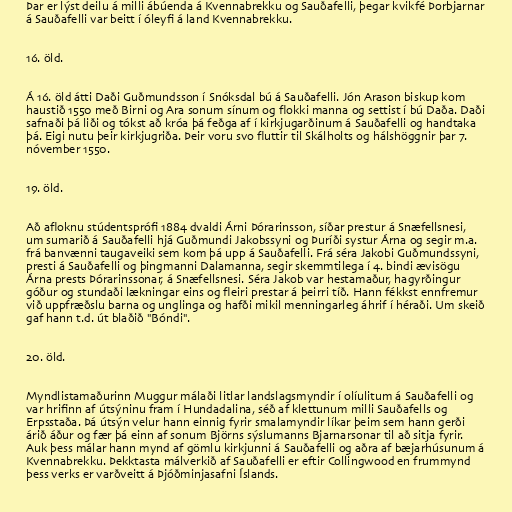
Þar er lýst deilu á milli ábúenda á Kvennabrekku og Sauðafelli, þegar kvikfé Þorbjarnar
á Sauðafelli var beitt í óleyfi á land Kvennabrekku.

16. öld.

Á 16. öld átti Daði Guðmundsson í Snóksdal bú á Sauðafelli. Jón Arason biskup kom
haustið 1550 með Birni og Ara sonum sínum og flokki manna og settist í bú Daða. Daði
safnaði þá liði og tókst að króa þá feðga af í kirkjugarðinum á Sauðafelli og handtaka
þá. Eigi nutu þeir kirkjugriða. Þeir voru svo fluttir til Skálholts og hálshöggnir þar 7.
nóvember 1550.

19. öld.

Að afloknu stúdentsprófi 1884 dvaldi Árni Þórarinsson, síðar prestur á Snæfellsnesi,
um sumarið á Sauðafelli hjá Guðmundi Jakobssyni og Þuríði systur Árna og segir m.a.
frá banvænni taugaveiki sem kom þá upp á Sauðafelli. Frá séra Jakobi Guðmundssyni,
presti á Sauðafelli og þingmanni Dalamanna, segir skemmtilega í 4. bindi ævisögu
Árna prests Þórarinssonar, á Snæfellsnesi. Séra Jakob var hestamaður, hagyrðingur
góður og stundaði lækningar eins og fleiri prestar á þeirri tíð. Hann fékkst ennfremur
við uppfræðslu barna og unglinga og hafði mikil menningarleg áhrif í héraði. Um skeið
gaf hann t.d. út blaðið "Bóndi".

20. öld.

Myndlistamaðurinn Muggur málaði litlar landslagsmyndir í olíulitum á Sauðafelli og
var hrifinn af útsýninu fram í Hundadalina, séð af klettunum milli Sauðafells og
Erpsstaða. Þá útsýn velur hann einnig fyrir smalamyndir líkar þeim sem hann gerði
árið áður og fær þá einn af sonum Björns sýslumanns Bjarnarsonar til að sitja fyrir.
Auk þess málar hann mynd af gömlu kirkjunni á Sauðafelli og aðra af bæjarhúsunum á
Kvennabrekku. Þekktasta málverkið af Sauðafelli er eftir Collingwood en frummynd
þess verks er varðveitt á Þjóðminjasafni Íslands.